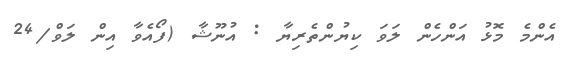
އެންމެ މޮޅު އަންހެން ލަވަ ކިޔުންތެރިޔާ : އުނޫޝާ (ފޯއެވާ އިން ލަވް/24